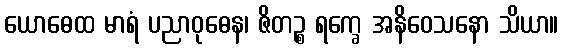
ယောဓေထ မာရံ ပညာဝုဓေန၊ ဇိတဉ္စ ရက္ခေ အနိဝေသနော သိယာ။